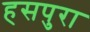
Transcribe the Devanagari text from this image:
हसपुरा